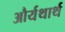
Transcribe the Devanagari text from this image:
और्यथार्थ